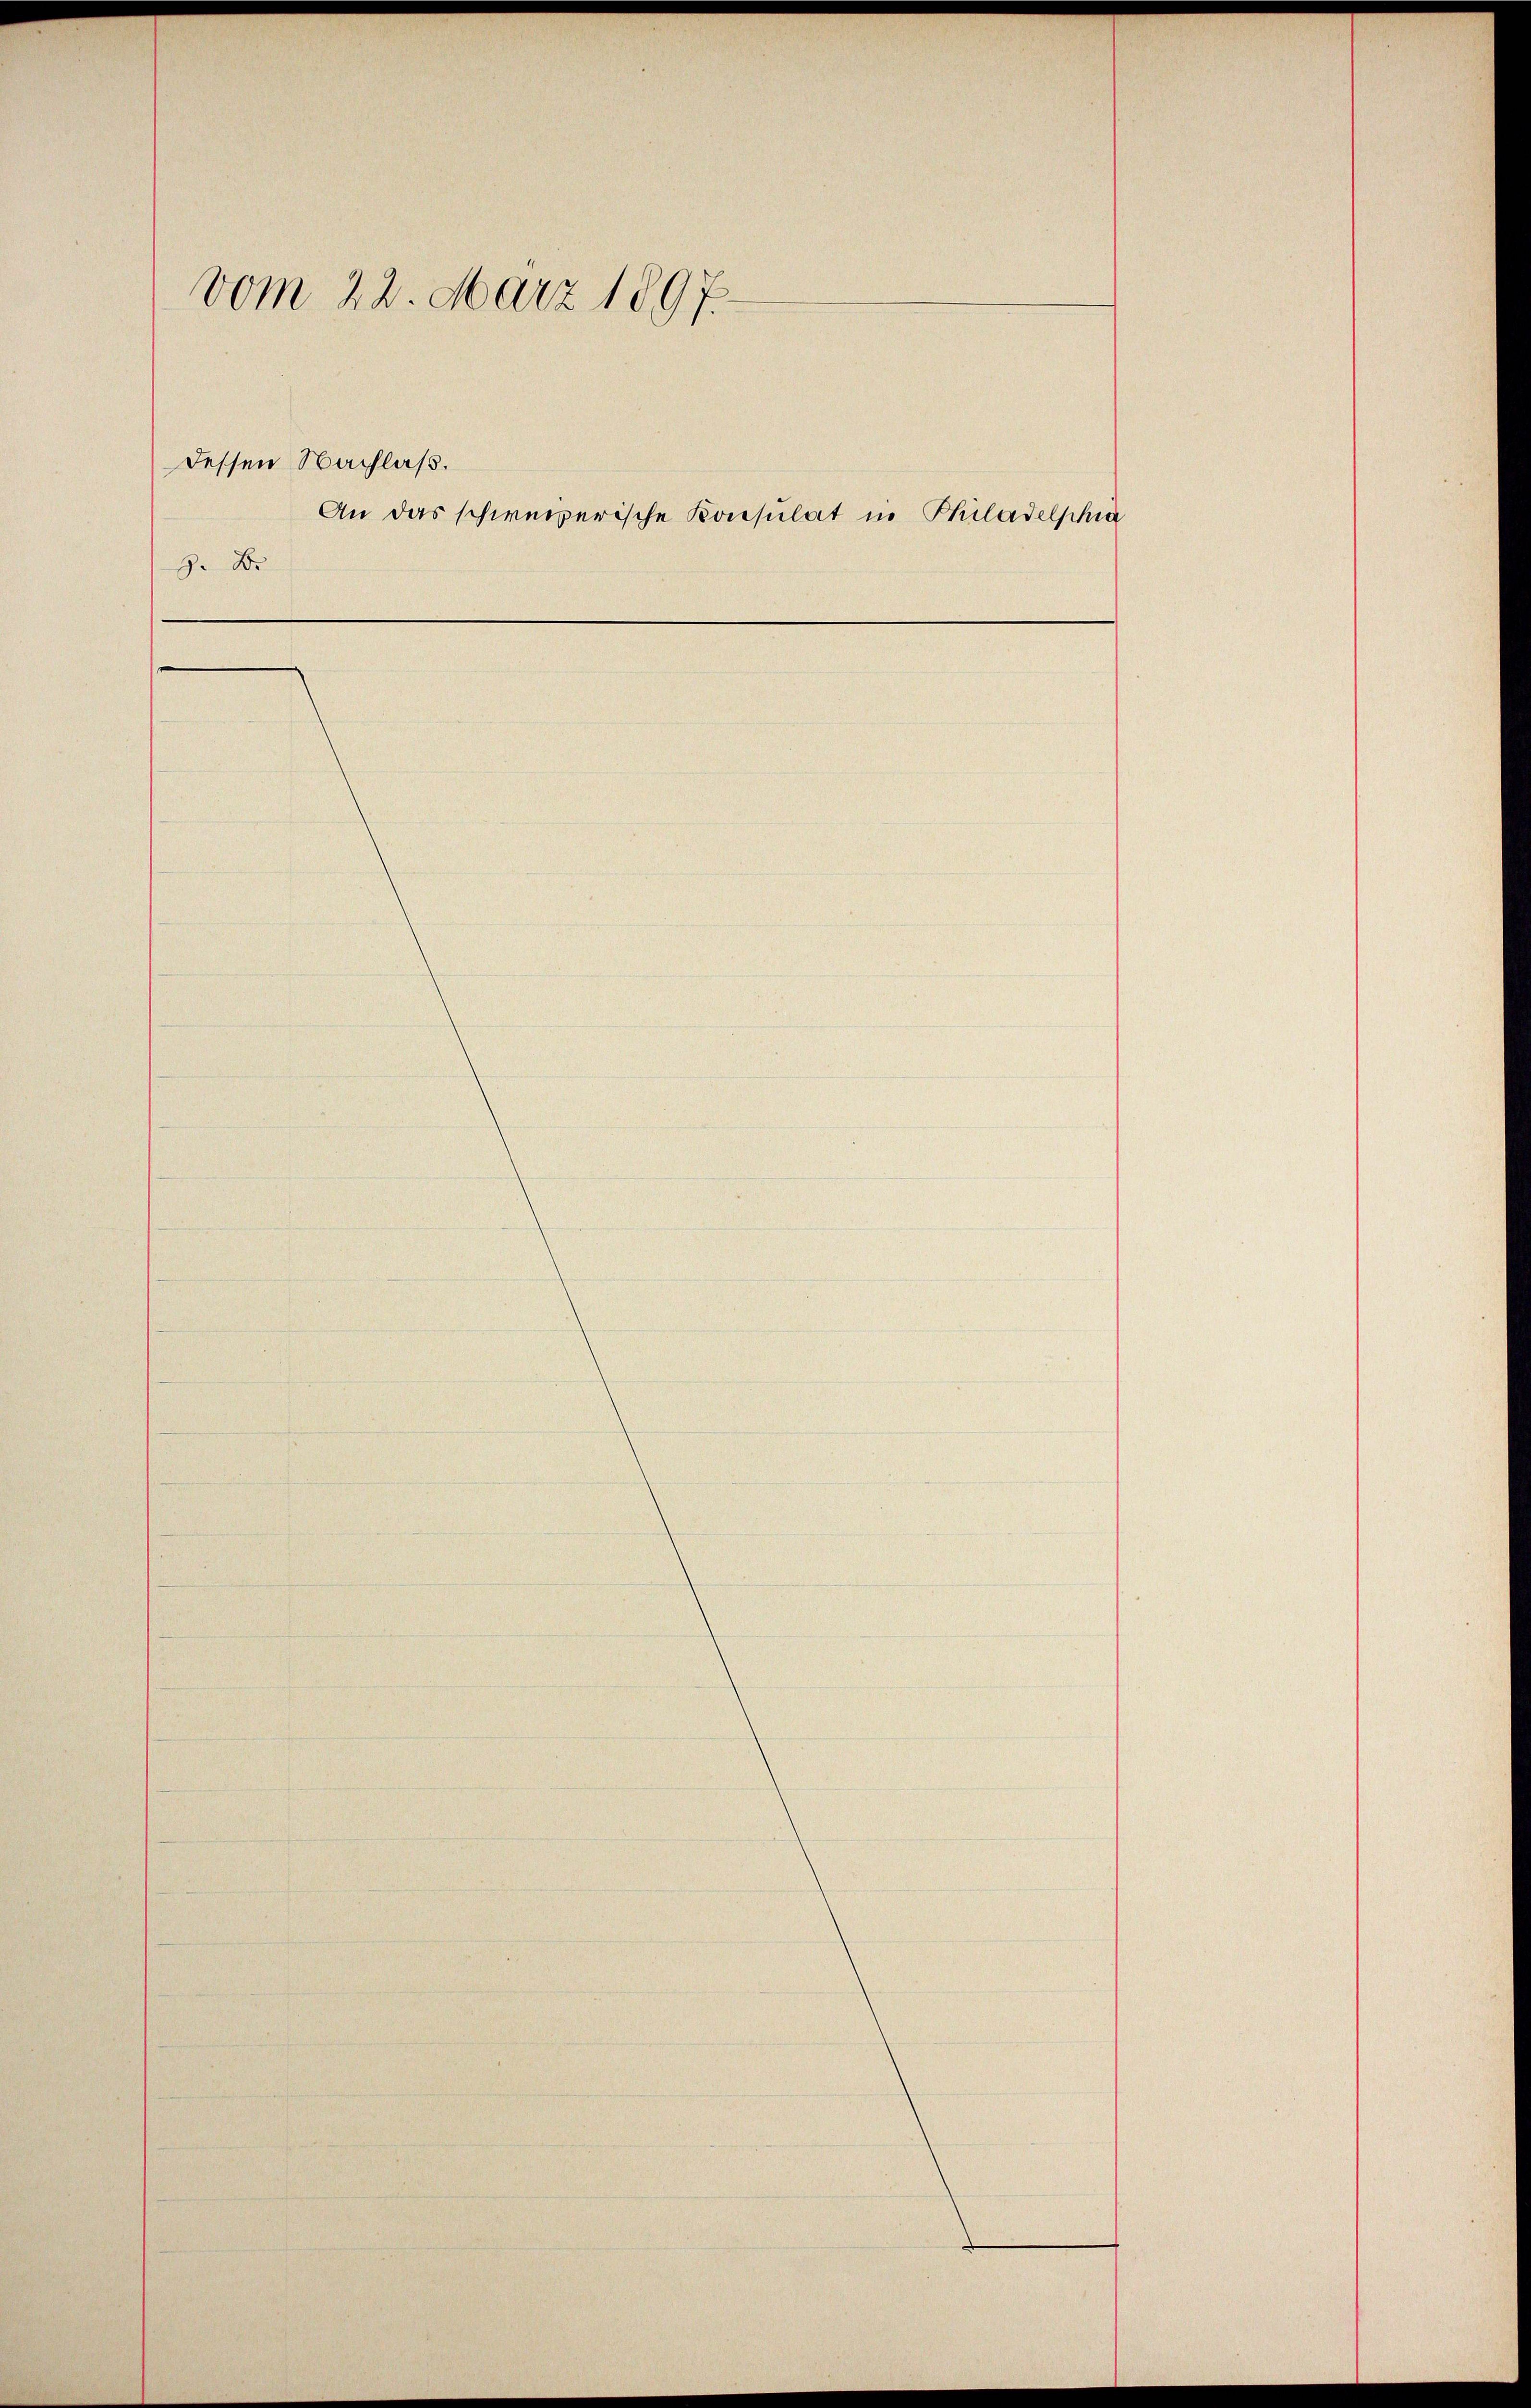
vom 22. März 1897.
dessen Nachlaß.
An das schweizerische Konsulat in Philadelphia
8 x